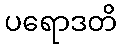
ပရောဒတိ